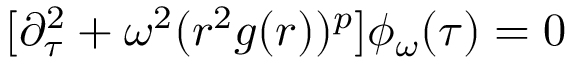
[ \partial _ { \tau } ^ { 2 } + \omega ^ { 2 } ( r ^ { 2 } g ( r ) ) ^ { p } ] \phi _ { \omega } ( \tau ) = 0